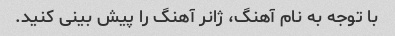
با توجه به نام آهنگ، ژانر آهنگ را پیش بینی کنید.